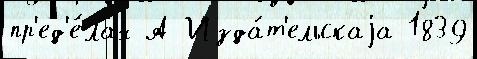
пр'ед'е́лах А Изда́т'ельскаjа 1839